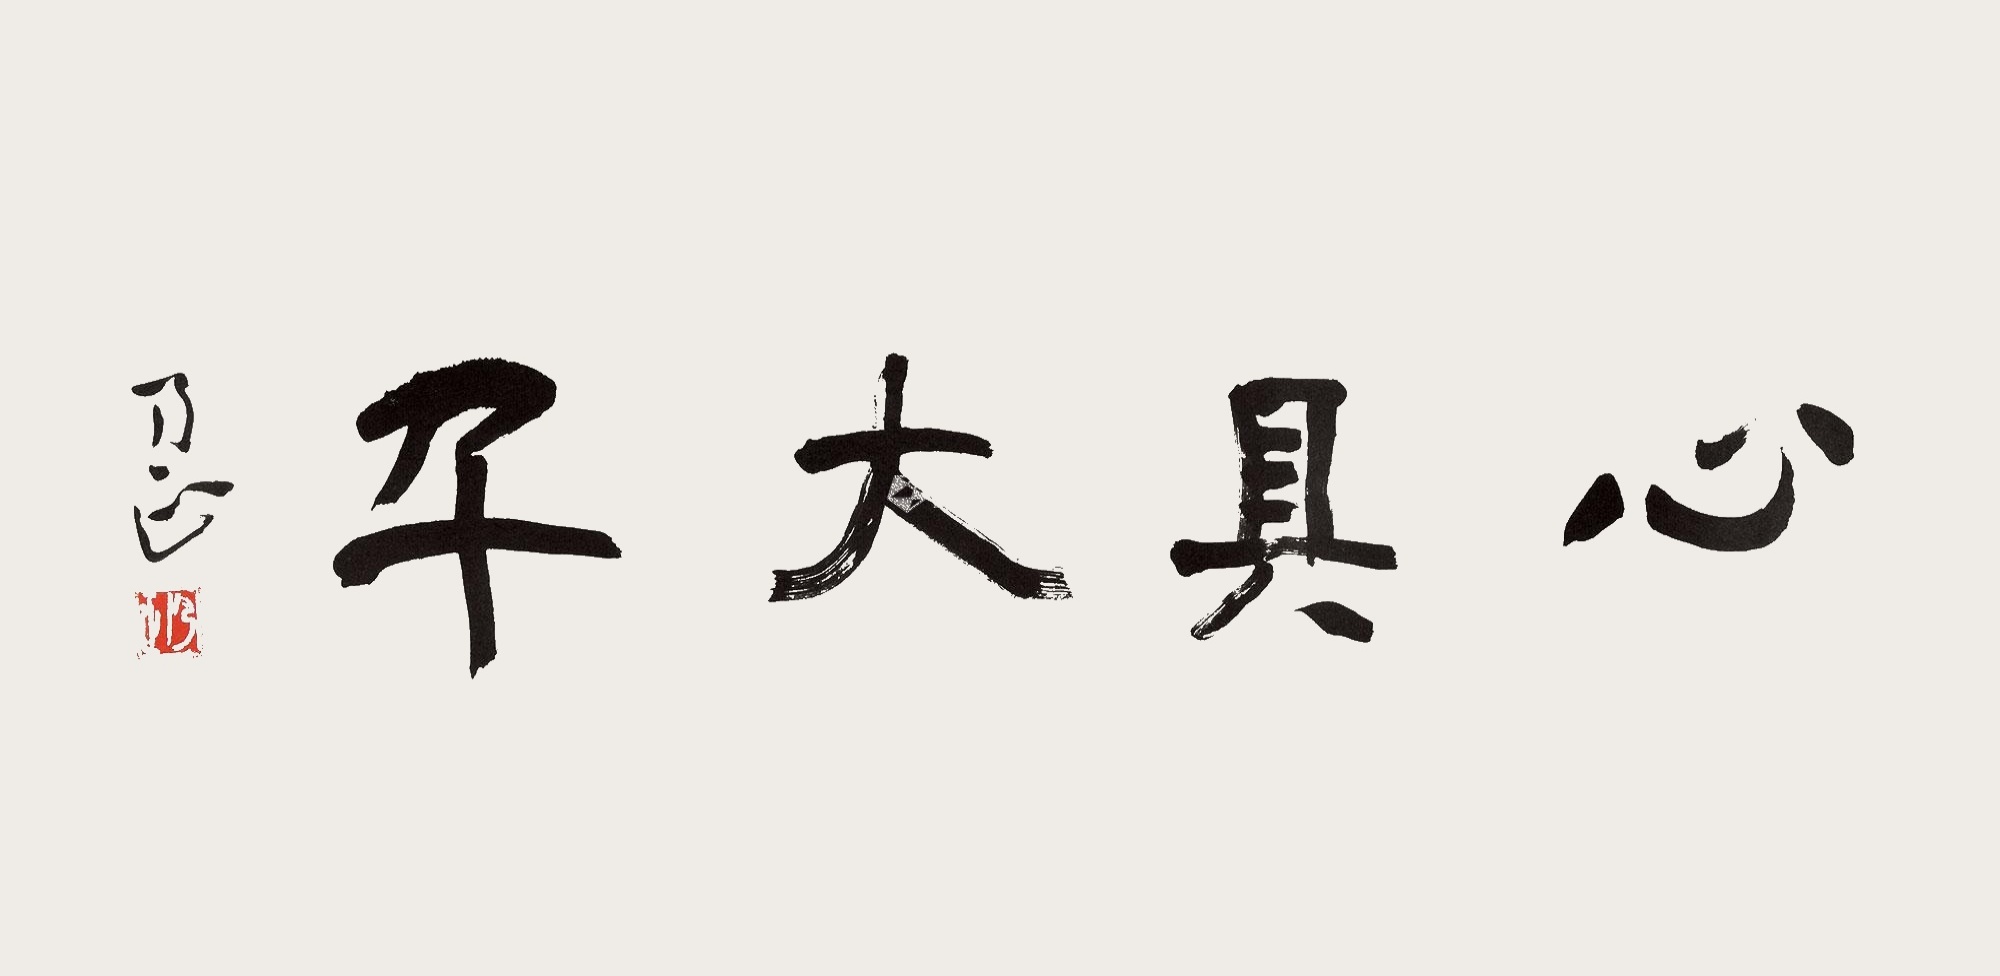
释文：心具大千朱乃正